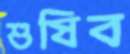
শুষিব